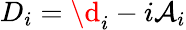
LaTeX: D_{i}=\d_{i}-i\mathcal{A}_{i}